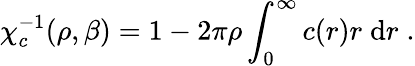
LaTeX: \chi_{c}^{-1}(\rho,\beta)=1-2\pi\rho\int_{0}^{\infty}c(r)r\; \mathrm{d}r\; .